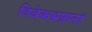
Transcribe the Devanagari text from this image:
विवेकभ्रष्टानां